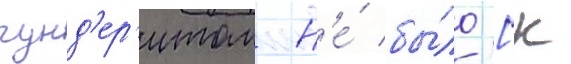
гунд'ер'итом н'е́ бы́ло [к